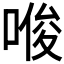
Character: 𪡟